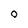
Character: O